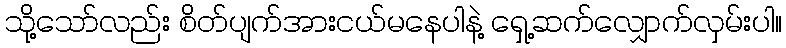
သို့သော်လည်း စိတ်ပျက်အားငယ်မနေပါနဲ့ ရှေ့ဆက်လျှောက်လှမ်းပါ။